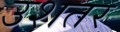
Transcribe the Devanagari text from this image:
उशतर